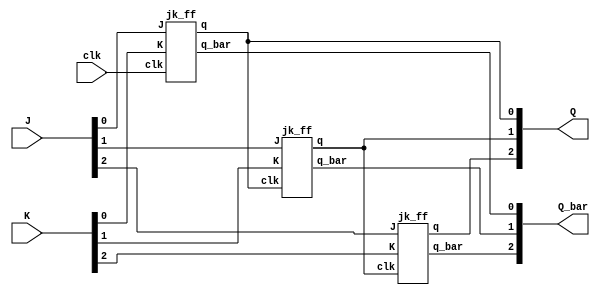
module async_3bit_down_counter(clk, J,K,Q,Q_bar);
input clk;
input [2:0]J,K;
output [2:0]Q,Q_bar;

jk_ff JK1(clk,J[0],K[0],Q[0],Q_bar[0]);
jk_ff JK2(Q[0],J[1],K[1],Q[1],Q_bar[1]);
jk_ff JK3(Q[1],J[2],K[2],Q[2],Q_bar[2]);

endmodule


module jk_ff(clk,J,K, q,q_bar);
input clk,J,K;
output reg q;
output q_bar;

always@(negedge clk)
begin
  case({J,K})
    2'b00: q <= q;
  2'b01: q <= 1'b0;
  2'b10: q <= 1'b1;
  2'b11: q <= ~q;
  endcase
end

initial begin
q = 1'b1;
end
assign q_bar = ~q;
endmodule